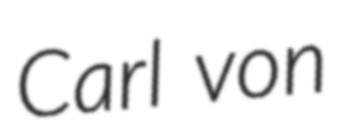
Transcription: Carl von